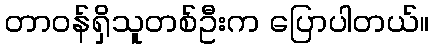
တာဝန်ရှိသူတစ်ဦးက ပြောပါတယ်။